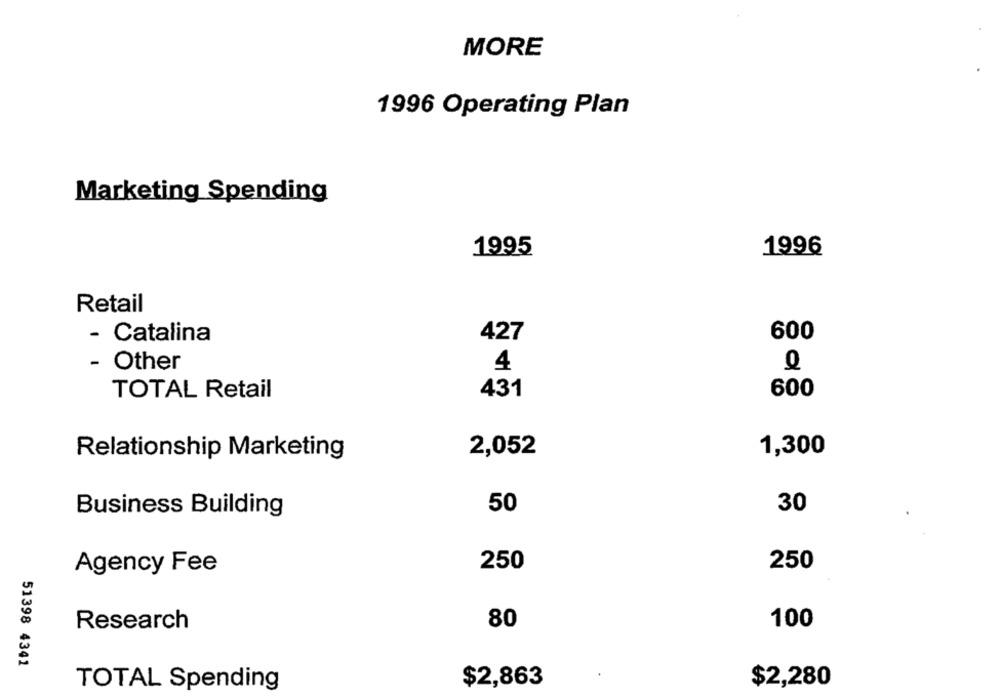
MORE
1996 Operating Plan
Marketing Spending
1996
1995
Retail
600
- Catalina
427
- Other
4
TOTAL Retail
431
600
2,052
1,300
Relationship Marketing
50
30
Business Building
250
250
Agency Fee
Research
80
100
51398 4341
$2,863
$2,280
TOTAL Spending